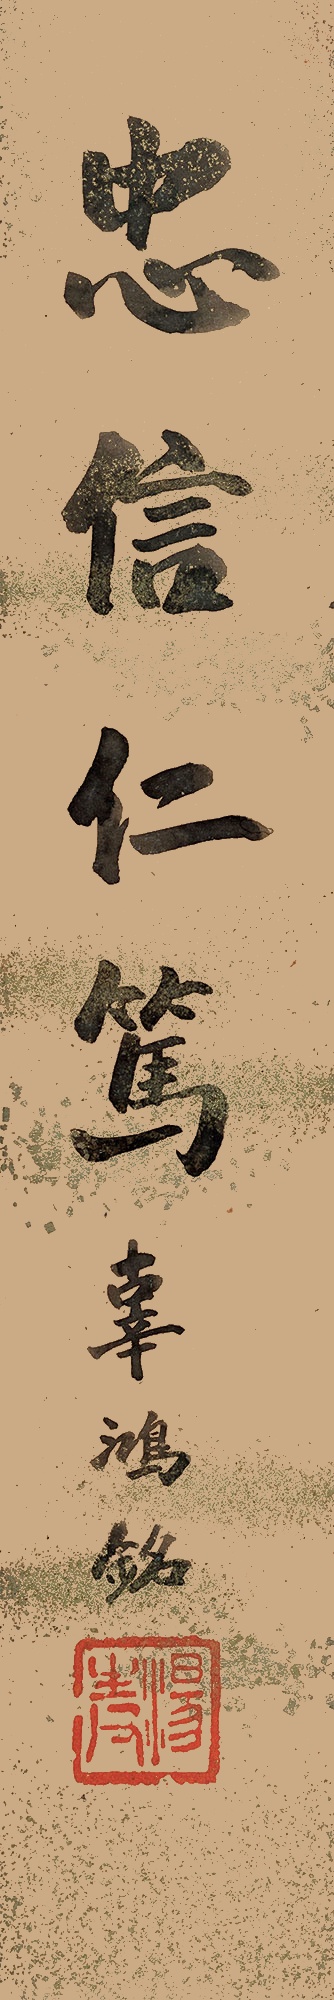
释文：忠信仁笃辜鸿铭。